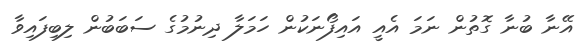
އޭނާ ބުނާ ގޮތުން ނަމަ އެއީ އައިފޯނަކުން ހަމަލާ ދިނުމުގެ ސަބަބުން ލިބިފައިވާ